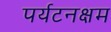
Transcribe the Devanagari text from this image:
पर्यटनक्षम